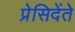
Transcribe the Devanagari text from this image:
प्रेसिदेंते